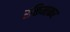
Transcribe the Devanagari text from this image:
रक्तिमाकर